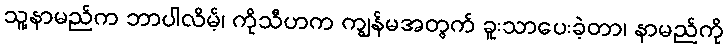
သူ့နာမည်က ဘာပါလိမ့်၊ ကိုသီဟက ကျွန်မအတွက် ခူးသာပေးခဲ့တာ၊ နာမည်ကို